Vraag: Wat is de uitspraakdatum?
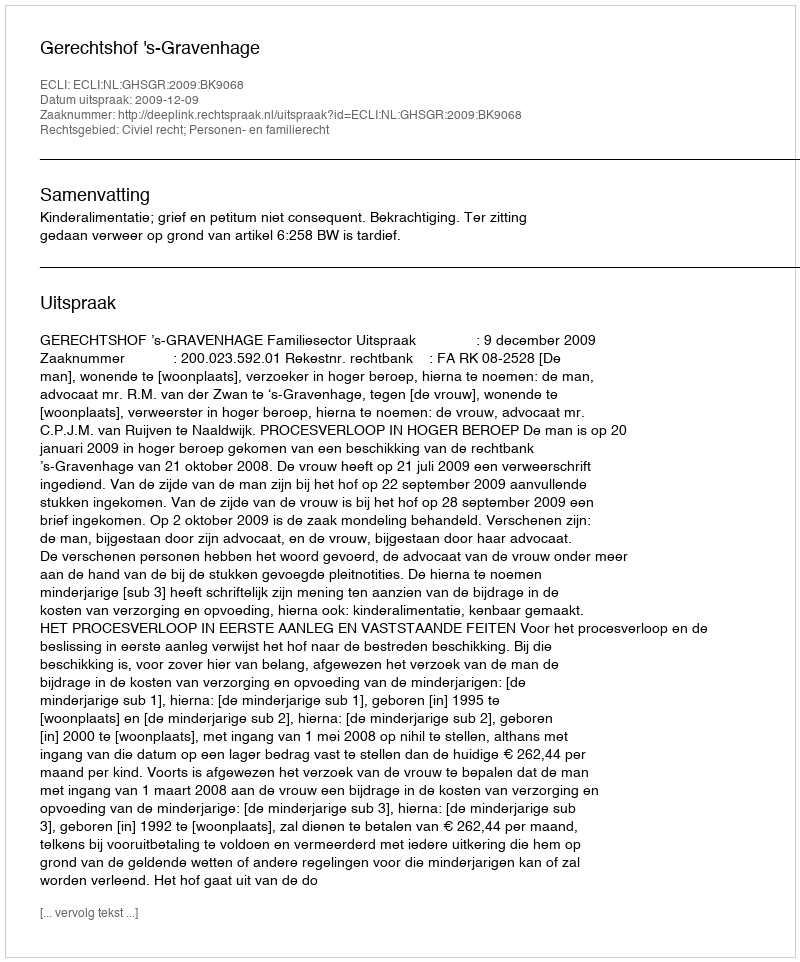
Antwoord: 2009-12-09